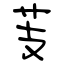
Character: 芰